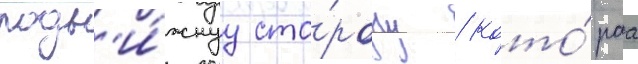
подв'и́жнуу сто́рону / кото́раа